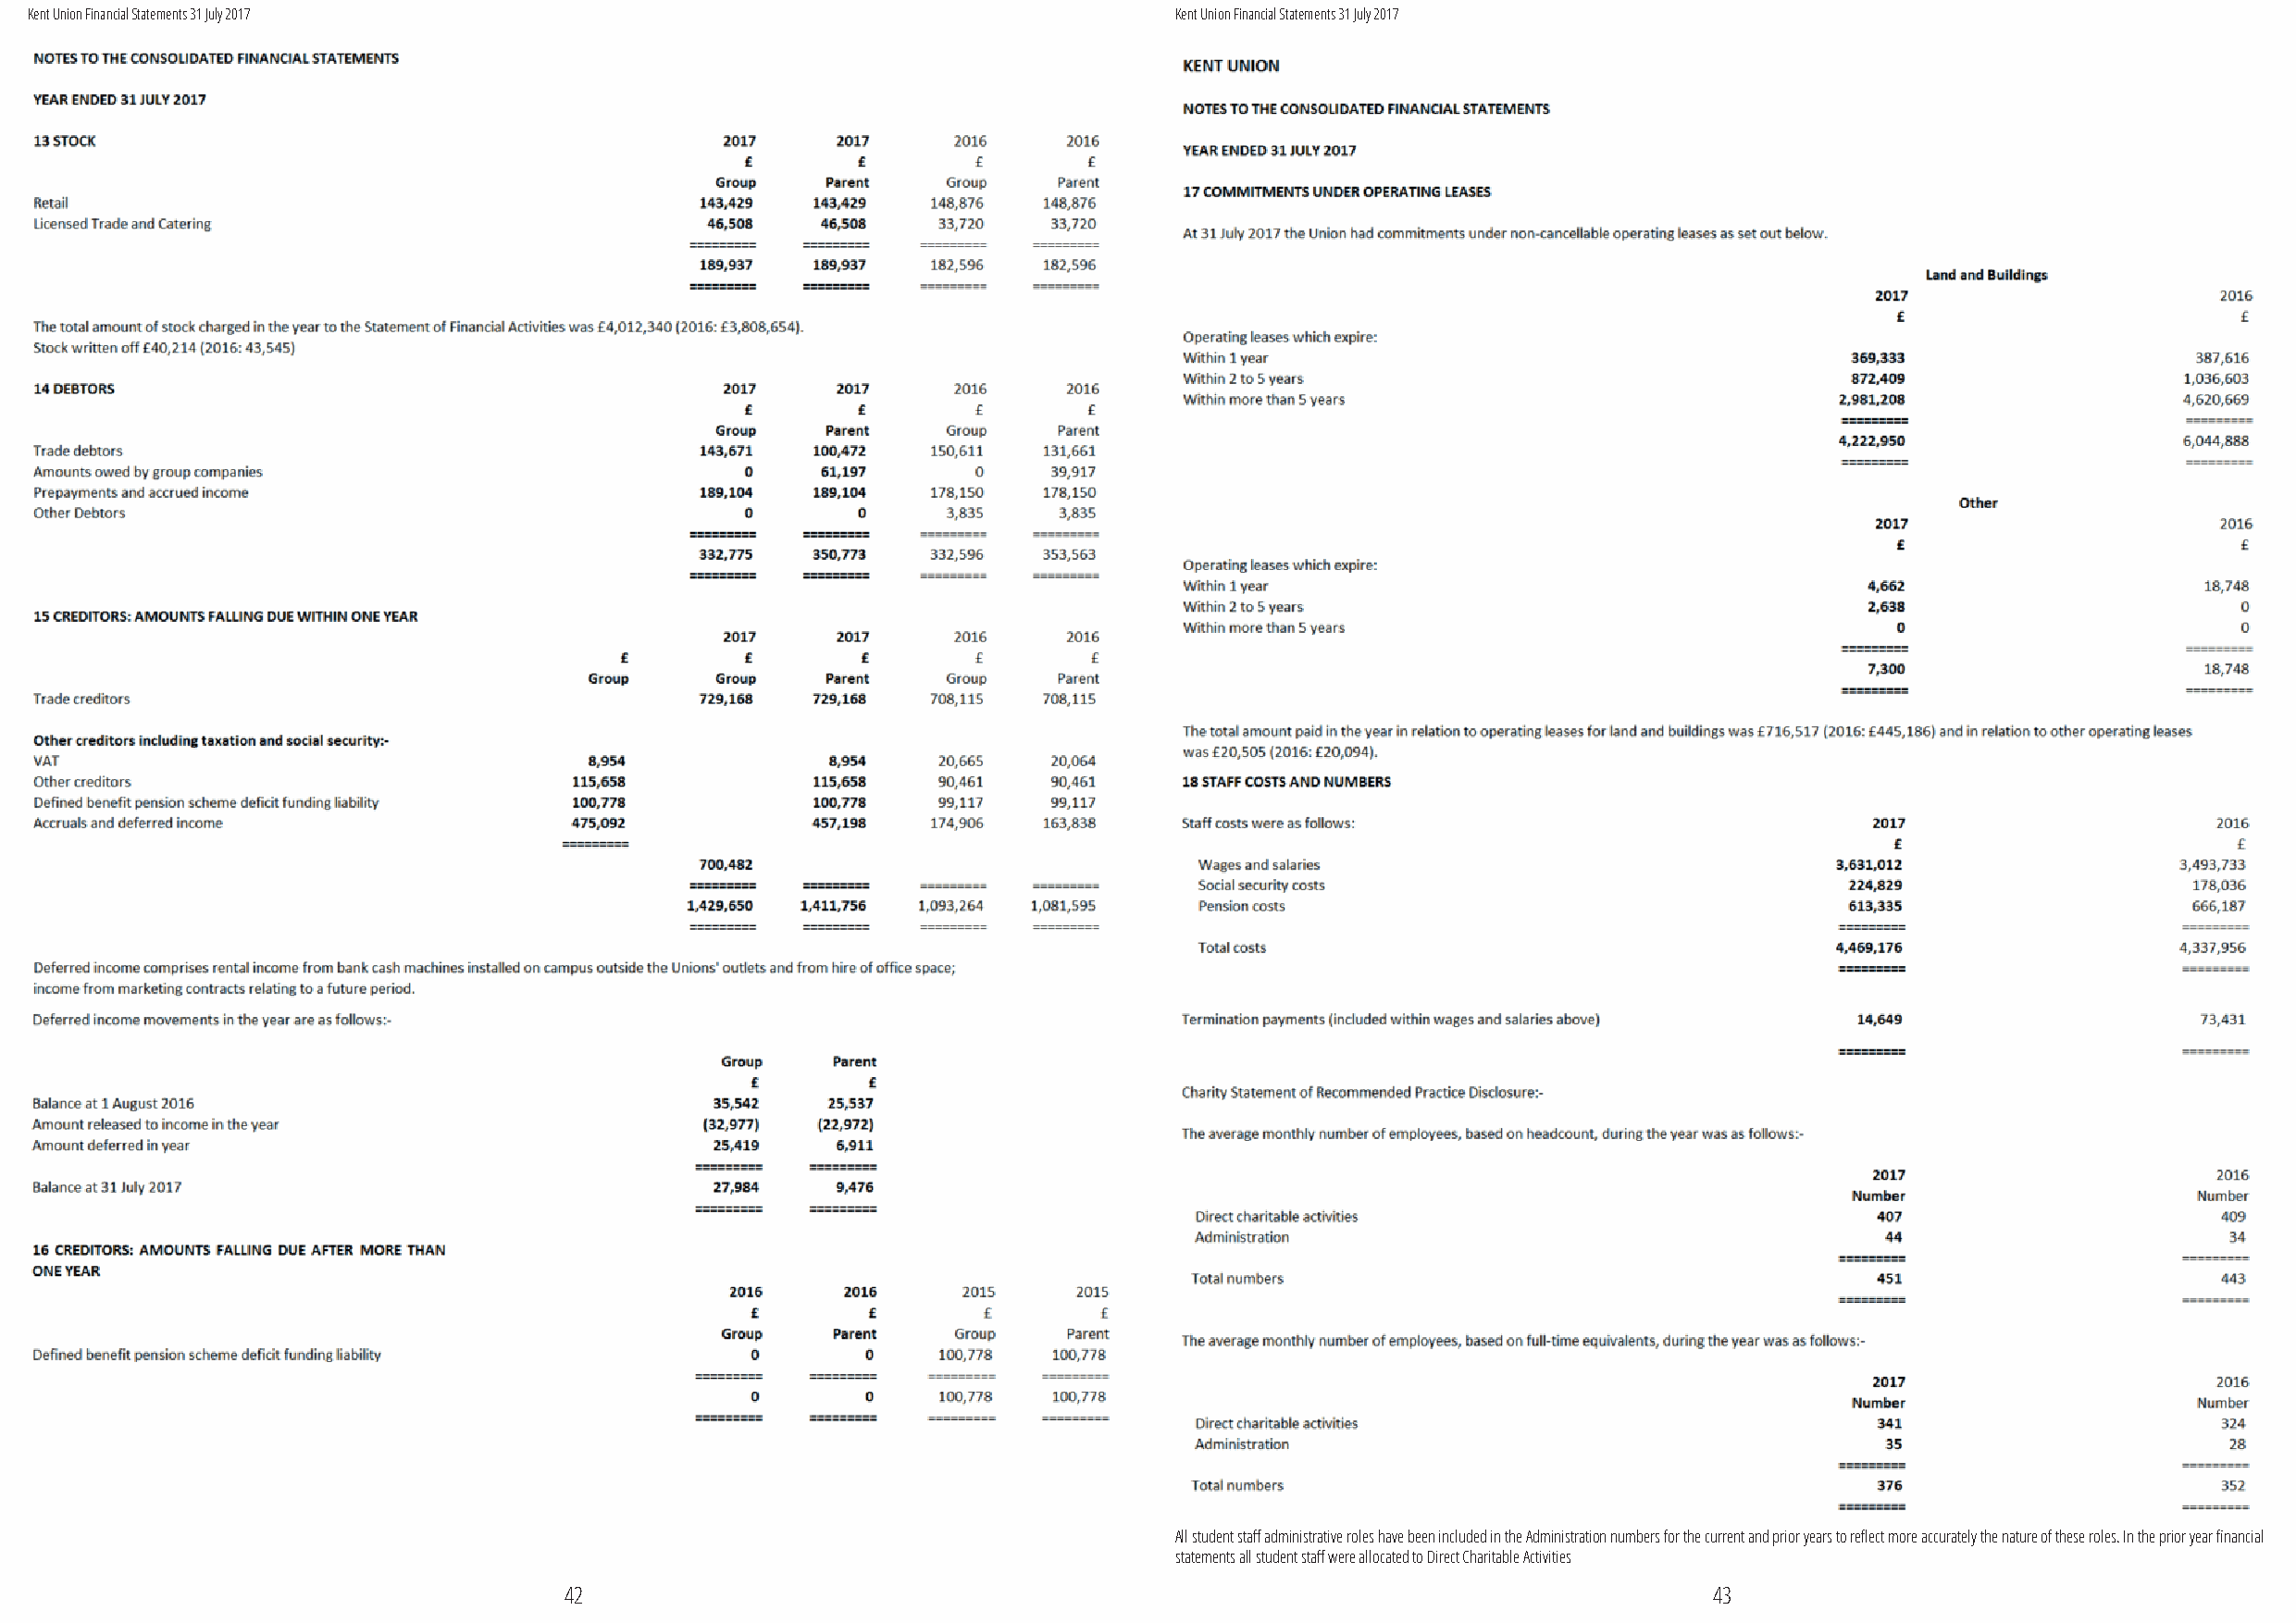
Kent Union Financial Statements 31 July 2017                                      Kent Union Financial Statements 31 July 2017
 All student staff administrative roles have been included in the Administration numbers for the current and prior years to reflect more accurately the nature of these roles. In the prior year financial
 statements all student staff were allocated to Direct Charitable Activities
 42                                                                                43